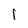
Character: 1